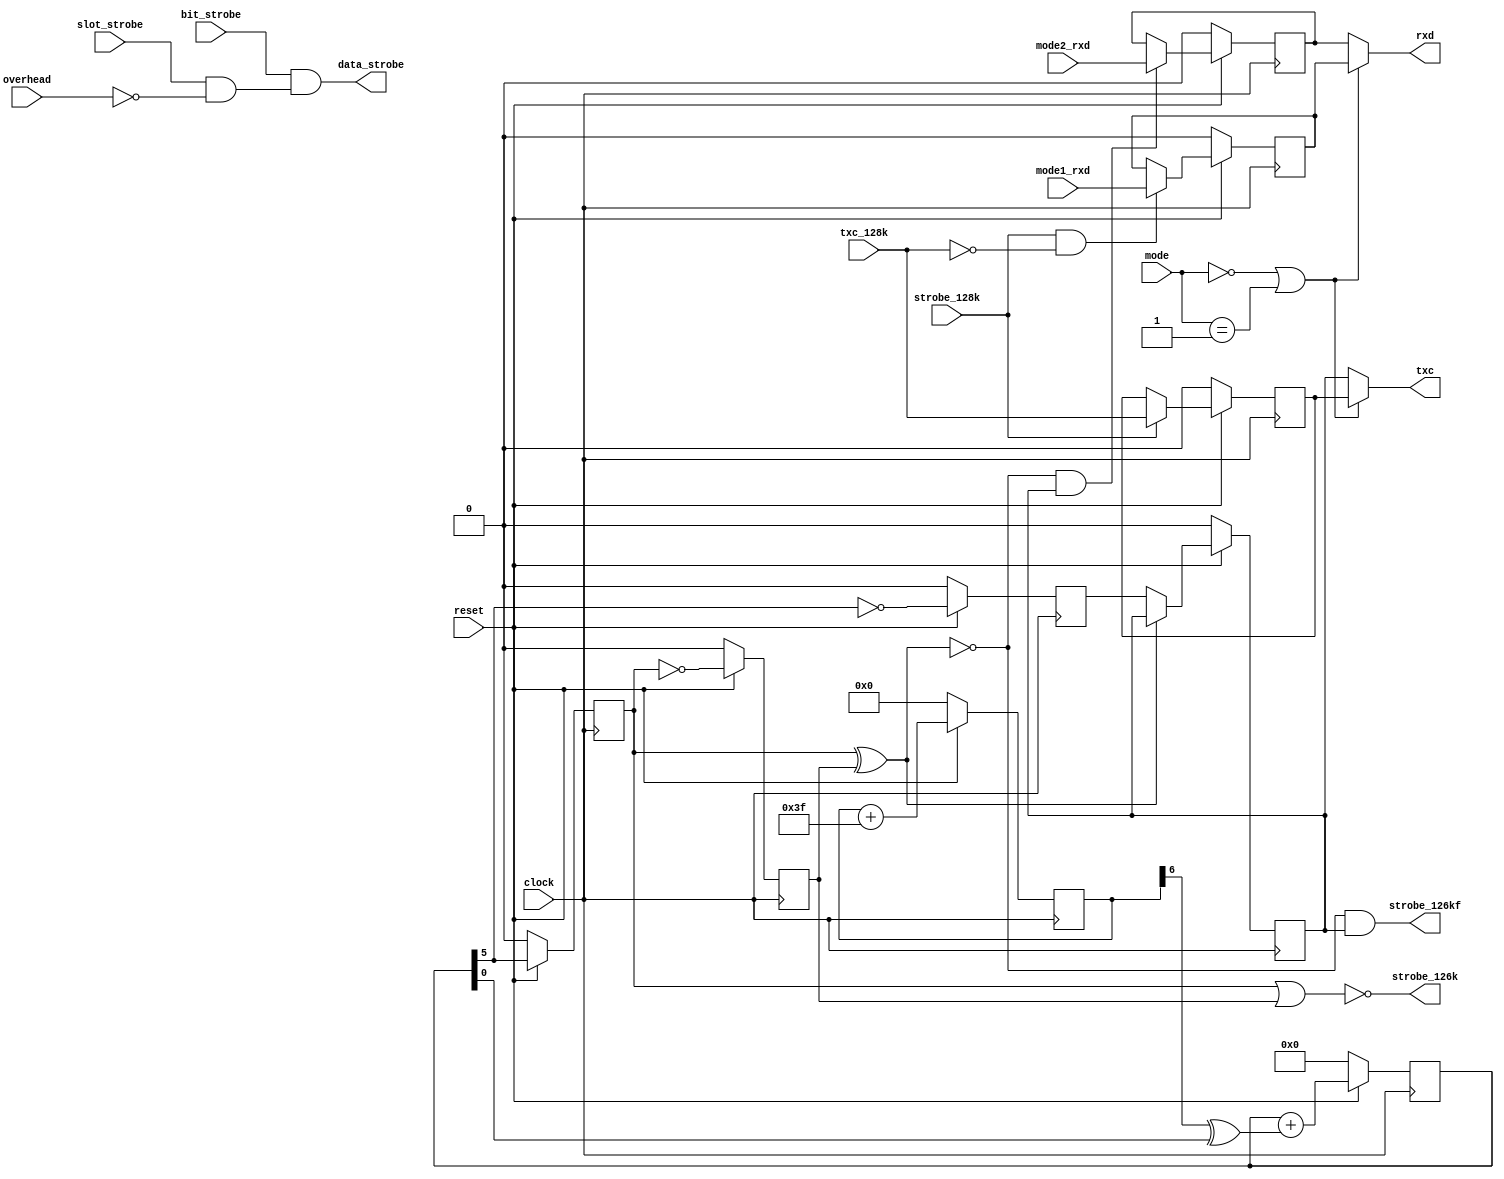

 
module mode_two_control (clock, reset, txc_128k, mode, bit_strobe,
			 slot_strobe, 
			 overhead, data_strobe, txc, strobe_126k, mode1_rxd, mode2_rxd
			 , rxd, strobe_128k, strobe_126kf);
  
  input clock;
  input reset;
  input txc_128k;
  input [1:0] mode;
  input bit_strobe;
  input slot_strobe;
  input overhead;
  output data_strobe;
  output txc;
  output strobe_126k;
  input mode1_rxd;
  input mode2_rxd;
  output rxd;
  input strobe_128k;
  output strobe_126kf;
  `define bonding_mode_zero      2'd0
  `define bonding_mode_one       2'd1
  `define bonding_mode_two       2'd2
  `define bonding_mode_three     2'd3
  wire strobe_126_edge;
 
  reg mode2_rxdr;
  reg txc_126kr;
  reg mode1_rxdr;
  reg txc_128kr;
  reg txc_126k;
  reg txc126b;
  reg txc126a;
  reg [5:0] second_stage;
  reg [6:0] first_stage;

  always @( posedge (clock) )
  begin
    
    if (!reset)
    begin
      first_stage <= 7'b0000000;
      second_stage <= 6'b000000;
      txc126a <= 1'b0;
      txc126b <= 1'b0;
      txc_126k <= 1'b0;
    end
    else
    begin
      first_stage <=  (first_stage + 6'b111111) ;
      second_stage <=  (second_stage + 
		   ( (first_stage[6] ^ second_stage[0]) )) ;
      txc126a <= second_stage[5];
      txc126b <=  (~ (txc126a)) ;
      txc_126k <=  (~ (second_stage[5])) ;
    end
    
    if (!reset) txc_128kr <= 1'b0;
    else if (strobe_128k) txc_128kr <= txc_128k;
    
    if (!reset)                        mode1_rxdr <= 1'b0;
    else if (strobe_128k && !txc_128k) mode1_rxdr <= mode1_rxd;
    
    if (!reset)
      txc_126kr <= 1'b0;
    else if (strobe_126_edge)
      txc_126kr <= txc_126k;
    
    if (!reset)
      mode2_rxdr <= 1'b0;
    else if (strobe_126_edge && txc_126kr)
      mode2_rxdr <= mode2_rxd;
    
  end
 
  assign strobe_126k =  (~ ( (txc126a | txc126b) )) ;
  assign strobe_126kf =  (strobe_126_edge & txc_126kr) ;
  assign strobe_126_edge =  (~ ( (txc126a ^ txc126b) )) ;
  assign txc = ((mode == `bonding_mode_zero || mode == 
	      `bonding_mode_one) ? txc_128kr : txc_126kr);
  assign rxd = ((mode == `bonding_mode_zero || mode == 
	      `bonding_mode_one) ? mode1_rxdr : mode2_rxdr);
  assign data_strobe =  (bit_strobe &  (slot_strobe &  (~ (overhead)) ) ) ;
endmodule